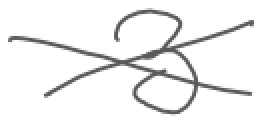
Text: 3
Cross-out: cross
Writing tool: digital_gray